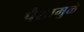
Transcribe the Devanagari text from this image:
पैशामुळे